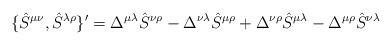
\begin{align*}\{\hat{S}^{\mu \nu }, \hat{S}^{\lambda \rho }\}'=\Delta ^{\mu \lambda} \hat{S}^{\nu \rho } -\Delta ^{\nu \lambda }\hat{S}^{\mu \rho }+\Delta ^{\nu \rho }\hat{S}^{\mu \lambda } -\Delta ^{\mu \rho }\hat{S}^{\nu \lambda }\end{align*}